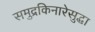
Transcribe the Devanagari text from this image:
समुद्रकिनारेसुद्धा